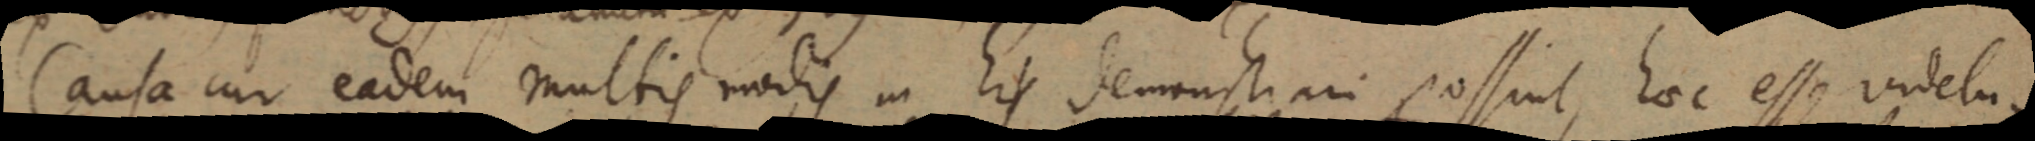
Causa cur eadem multis modis in his demonstrari possint hoc esse videtur